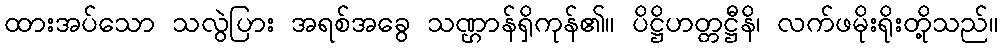
ထားအပ်သော သလွဲပြား အရစ်အခွေ သဏ္ဌာန်ရှိကုန်၏။ ပိဋ္ဌိဟတ္တဋ္ဌီနိ၊ လက်ဖမိုးရိုးတို့သည်။